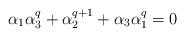
LaTeX: \begin{align*}\alpha_1\alpha_3^q+\alpha_2^{q+1}+\alpha_3\alpha_1^q=0\end{align*}